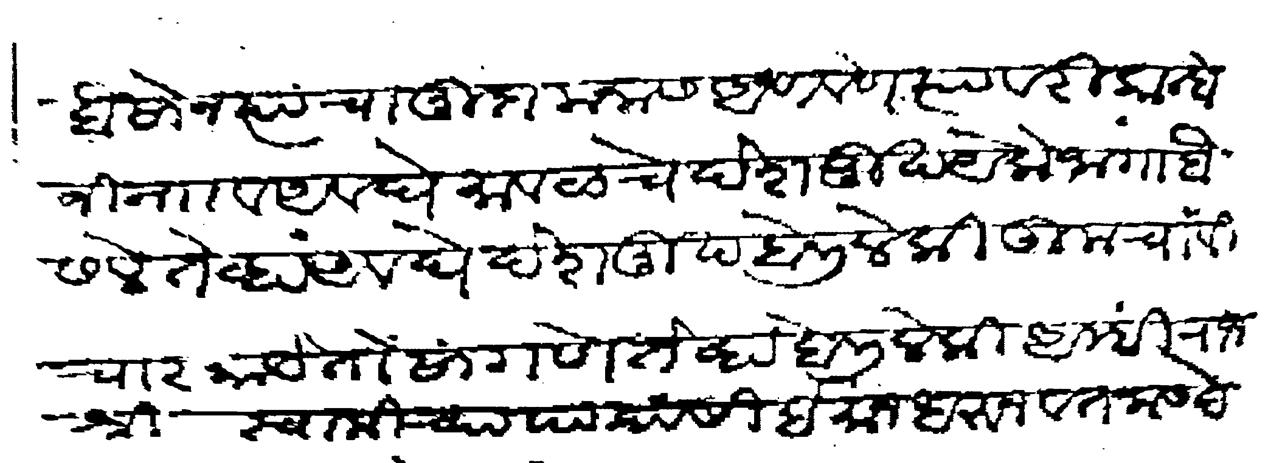
Transliteration (Devanagari): बैसोन त्याचा मुदा मनास आणवणे त्यावरी कान्होजी नाा व अवघे मावळचे देशमुख येके जागा बैसले तेव्हा अवघे देशमुख बोलीले की तुमचा विचार काये तो सांगणे तेव्हा बोलिले की आम्ही राजश्री स्वामीच्या पायांसी ईमान धरून वतनास